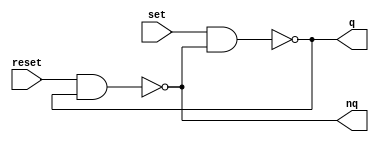
module m_rs_flipflop(input set,input reset,output q,output nq);
	assign q=~(set & nq);
	assign nq=~(reset & q);
endmodule


module m_dec_counter(input clk,input rst,output [3:0] q);
	reg [3:0] counter;
	
	always @(posedge clk or posedge rst) begin
		if(counter==4'h9) begin
			counter=0;
		end
		else if(rst) begin
			counter=0;
		end
		else begin
			counter=counter+1;
		end
	end
	
	assign q=counter;
endmodule